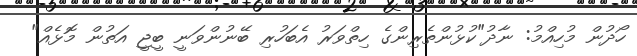
ހޯދުން މުހިއްމު: ނާދު"ކުޅުންތެރިންގެ ހިތްވަރު އެބަހުރި ބޭނުންވަނީ ބީޖީ އަތުން މޮޅެއް"